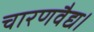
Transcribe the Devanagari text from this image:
चारणवैद्य।